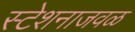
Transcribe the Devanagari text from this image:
स्टेशनाजवळ